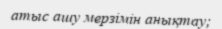
атыс ашу мерзімін анықтау;